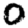
Digit: 0